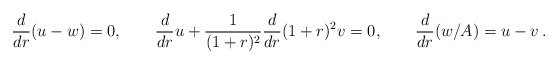
\begin{align*}{d\over dr} (u-w)=0,\qquad{d\over dr}u+{1\over (1+r)^2}{d\over dr}(1+r)^2 v =0,\qquad{d\over dr}(w/A)=u-v \,.\end{align*}